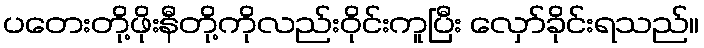
ပတေးတို့ဖိုးနီတို့ကိုလည်းဝိုင်းကူပြီး လှော်ခိုင်းရသည်။